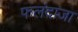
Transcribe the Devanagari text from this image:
फलंदाजा